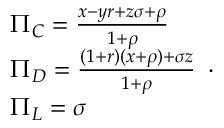
\begin{array} { l } { \Pi _ { C } = \frac { x - y r + z \sigma + \rho } { 1 + \rho } } \\ { \Pi _ { D } = \frac { ( 1 + r ) ( x + \rho ) + \sigma z } { 1 + \rho } } \\ { \Pi _ { L } = \sigma } \end{array} .